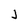
Character: J